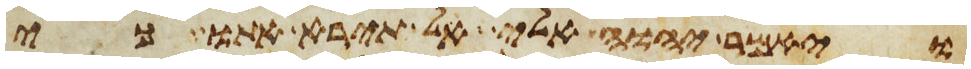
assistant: ויאמר יהוה אלי אל תירא אתו כי